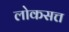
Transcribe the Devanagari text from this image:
लोकसत्त